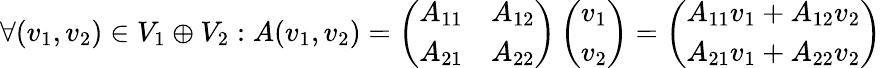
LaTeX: \forall(v_{1},v_{2})\in V_{1}\oplus V_{2}:A(v_{1},v_{2})=\left(\begin{array}{ll}{A_{11}}&{A_{12}}\\ {A_{21}}&{A_{22}}\end{array}\right)\left(\begin{array}{l}{v_{1}}\\ {v_{2}}\end{array}\right)=\left(\begin{array}{l}{A_{11}v_{1}+A_{12}v_{2}}\\ {A_{21}v_{1}+A_{22}v_{2}}\end{array}\right)